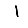
Digit: 1